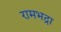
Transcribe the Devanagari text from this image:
रामभद्रा